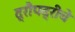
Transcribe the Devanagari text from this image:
द्रौपद्रीचे